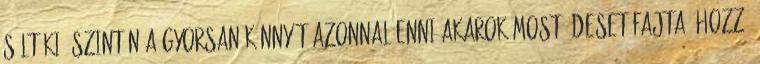
sült ki: Szintén a gyorsan-könnyűt-azonnal-enni akarok-most édeset fajta: Hozzá